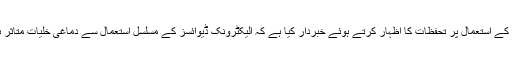
واضح رہے کہ سائنس دانوں نے تدریسی عمل میں ٹیبلٹ یا آئی پیڈ کے استعمال پر تحفظات کا اظہار کرتے ہوئے خبردار کیا ہے کہ الیکٹرونک ڈیوائسز کے مسلسل استعمال سے دماغی خلیات متاثر ہوتے ہیں جس سے لکھنے پڑھنے کی صلاحیت میں کمی آتی ہے۔